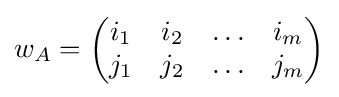
w_{A}={\begin{pmatrix}i_{1}&i_{2}&\ldots &i_{m}\\j_{1}&j_{2}&\ldots &j_{m}\end{pmatrix}}